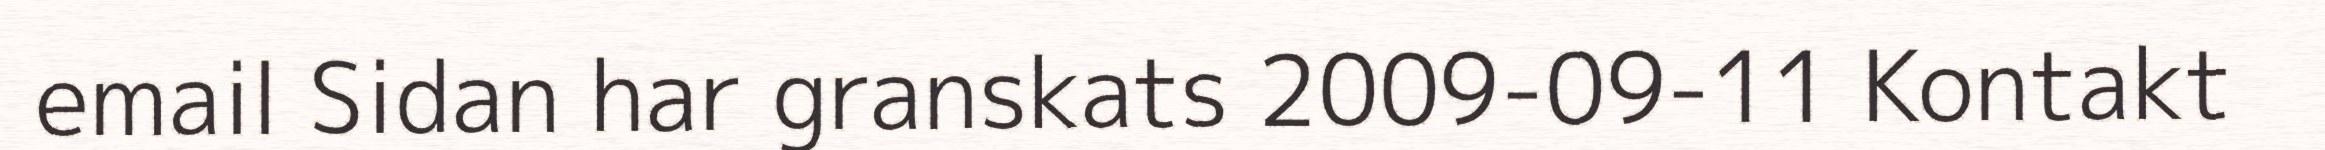
email Sidan har granskats 2009-09-11 Kontakt